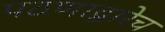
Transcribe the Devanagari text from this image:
पठणाद्वारेच